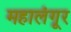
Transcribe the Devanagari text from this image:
महालंगूर